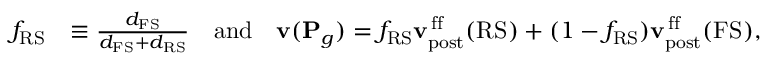
\begin{array} { r l } { f _ { \mathrm { R S } } } & { \equiv \frac { d _ { \mathrm { F S } } } { d _ { \mathrm { F S } } + d _ { \mathrm { R S } } } \quad \mathrm { a n d } \quad { \mathbf { v } } ( { \mathbf { P } } _ { g } ) = f _ { \mathrm { R S } } { \mathbf { v } } _ { \mathrm { p o s t } } ^ { \mathrm { \, f f } } ( \mathrm { R S } ) + ( 1 - f _ { \mathrm { R S } } ) { \mathbf { v } } _ { \mathrm { p o s t } } ^ { \mathrm { \, f f } } ( \mathrm { F S } ) , } \end{array}